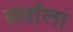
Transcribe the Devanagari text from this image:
सर्वाला